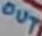
Text: OUT